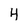
Character: 4